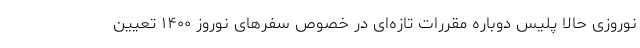
نوروزی حالا پلیس دوباره مقررات تازه‌ای در خصوص سفرهای نوروز ۱۴۰۰ تعیین